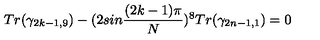
T r ( \gamma _ { 2 k - 1 , 9 } ) - ( 2 s i n { \frac { ( 2 k - 1 ) \pi } { N } } ) ^ { 8 } T r ( \gamma _ { 2 n - 1 , 1 } ) = 0